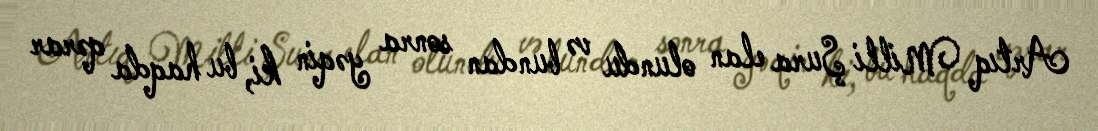
Artıq Milli Şura elan olundu və bundan sonra yəqin ki, bu haqda qərar